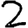
Digit: 2